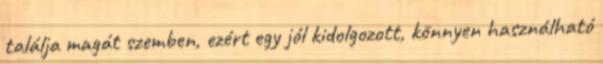
találja magát szemben, ezért egy jól kidolgozott, könnyen használható